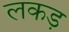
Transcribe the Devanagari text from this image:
लकड़